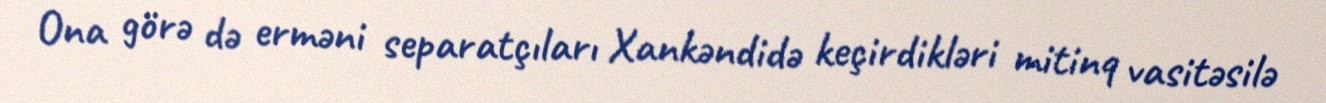
Ona görə də erməni separatçıları Xankəndidə keçirdikləri mitinq vasitəsilə